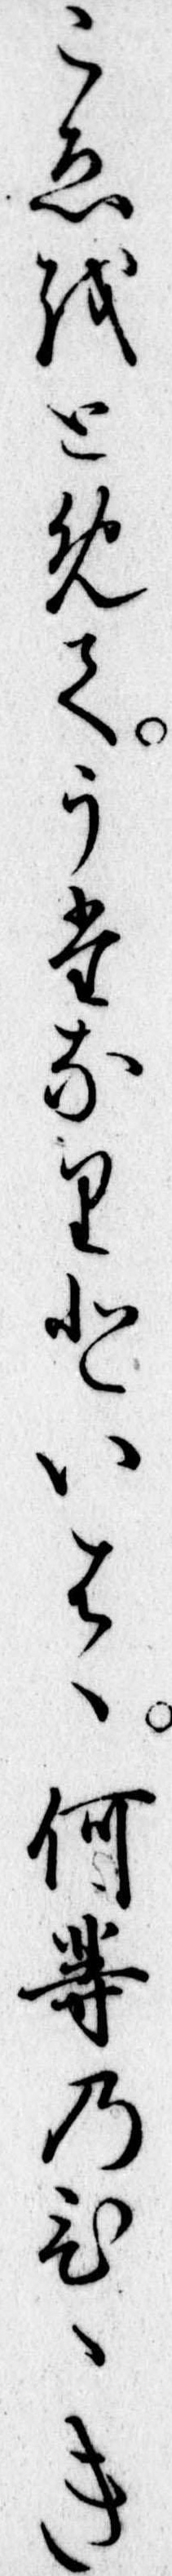
こゑをとめてうたなりといは何等のひゝき